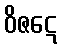
ဝိဇဋေ